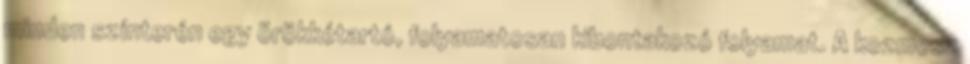
minden színterén egy örökkétartó, folyamatosan kibontakozó folyamat. A kozmosz